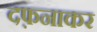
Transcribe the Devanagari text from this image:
दफ़नाकर